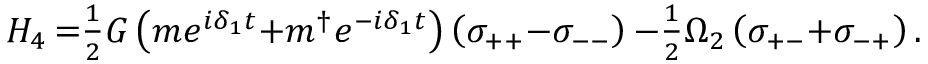
\begin{array} { r } { H _ { 4 } \, { = } \frac { 1 } { 2 } G \left( m e ^ { i \delta _ { 1 } t } { + } m ^ { \dag } e ^ { - i \delta _ { 1 } t } \right) \left( \sigma _ { + + } { - } \sigma _ { -- } \right) { - } \frac { 1 } { 2 } \Omega _ { 2 } \left( \sigma _ { + - } { + } \sigma _ { - + } \right) . } \end{array}